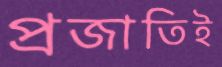
প্রজাতিই